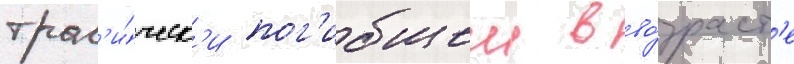
траг'и́ческ'и пог'ибшеи в во́зраст'е